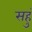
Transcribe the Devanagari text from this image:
सहुं